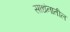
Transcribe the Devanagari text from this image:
साधंनातील